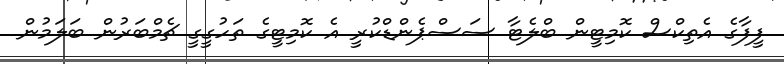
ފީފާގެ އެތިކްސް ކޮމިޓީން ބްލެޓާ ސަސްޕެންޑްކުރީ އެ ކޮމިޓީގެ ތަހުގީގީ ޗެމްބަރުން ބަލަމުން